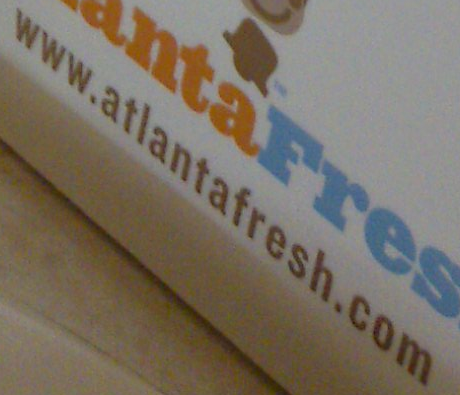
www.atlantafresh.com